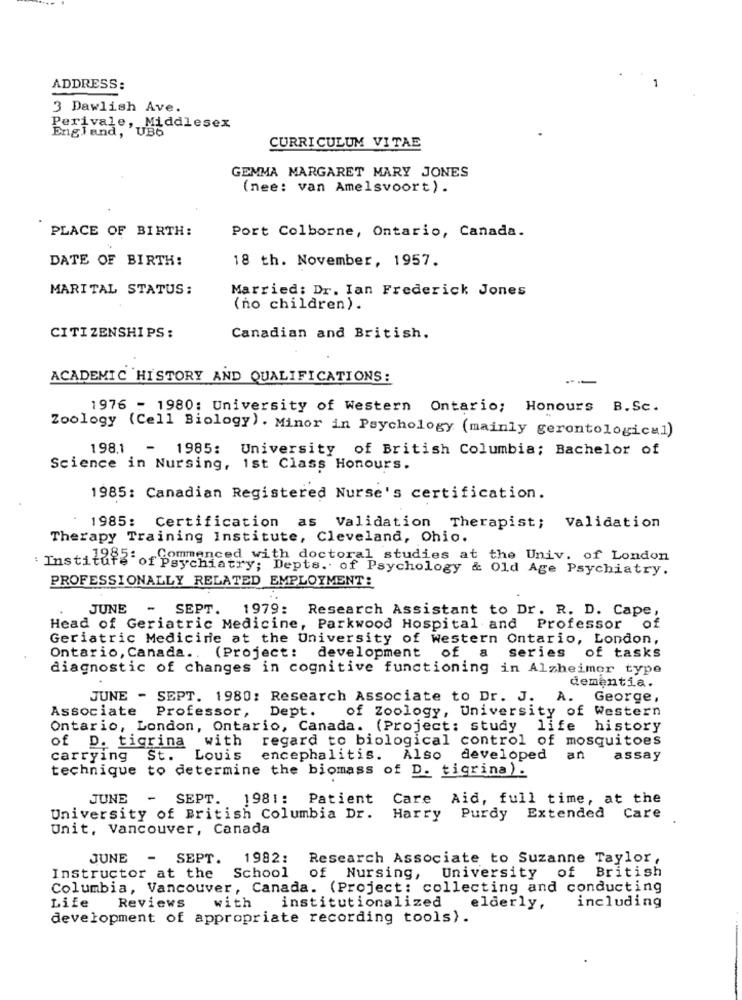
ADDRESS:
3 Dawlish Ave.
Perivale, Middlesex
England, UB6
CURRICULUM VITAE
GEMMA MARGARET MARY JONES
(nee: van Amelsvoort).
PLACE OF BIRTH:
Port Colborne, Ontario, Canada.
DATE OF BIRTH:
18 th. November, 1957.
MARITAL STATUS:
Married: Dr. Ian Frederick Jones
(no children).
CITIZENSHIPS:
Canadian and British.
ACADEMIC HISTORY AND QUALIFICATIONS:
--
1976 - 1980: University of Western Ontario; Honours B.Sc.
Zoology (Cell Biology). Minor in Psychology (mainly gerontological)
198.1
-
1985: University of British Columbia; Bachelor of
Science in Nursing, 1st Class Honours.
1985: Canadian Registered Nurse's certification.
1985: Certification as Validation Therapist; Validation
Therapy Training Institute, Cleveland, Ohio.
Commenced with doctoral studies at the Univ. of London
: Institute of Psychiatry; Depts. of Psychology & Old Age Psychiatry.
PROFESSIONALLY RELATED EMPLOYMENT:
JUNE
SEPT.
1979: Research Assistant to Dr. R. D. Cape,
Head of Geriatric Medicine, Parkwood Hospital and Professor
of
Geriatric Medicine at the University of Western Ontario, London,
Ontario, Canada .. (Project: development of a
series of tasks
diagnostic of changes in cognitive functioning in Alzheimer type
dementia.
JUNE - SEPT. 1980; Research Associate to Dr. J. A.
George,
Associate Professor,
of Zoology, University of Western
Dept.
Ontario, London, Ontario, Canada. (Project: study life history
of D. tigrina with regard to biological control of mosquitoes
carrying St. Louis encephalitis. Also developed
an
assay
technique to determine the biomass of D. tigrina).
JUNE -
SEPT. 1981: Patient Care Aid, full time, at the
University of British Columbia Dr. Harry Purdy Extended Care
Unit, Vancouver, Canada
JUNE -
SEPT.
1982:
Research Associate to Suzanne Taylor,
of Nursing, University of British
Instructor at the
School
Columbia, Vancouver, Canada. (Project: collecting and conducting
institutionalized
including
Life Reviews
with
elderly,
development of appropriate recording tools).